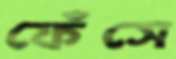
ফেঁসে